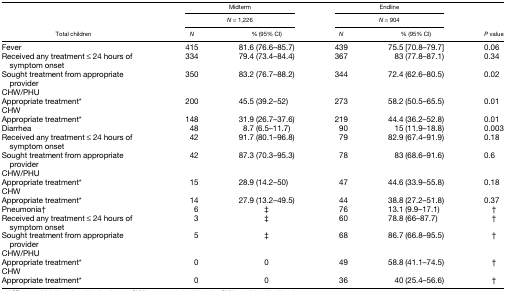
<table><thead><tr><td rowspan="3"><b>Total children</b></td><td colspan="2"><b>Midterm</b></td><td colspan="2"><b>Endline</b></td><td rowspan="3"><b><i>P</i> value</b></td></tr><tr><td colspan="2"><b><i>N</i> = 1,226</b></td><td colspan="2"><b><i>N</i> = 904</b></td></tr><tr><td><b><i>N</i></b></td><td><b>% (95% CI)</b></td><td><b><i>N</i></b></td><td><b>% (95% CI)</b></td></tr></thead><tbody><tr><td>Fever</td><td>415</td><td>81.6 (76.6–85.7)</td><td>439</td><td>75.5 [70.8–79.7]</td><td>0.06</td></tr><tr><td>Received any treatment ≤ 24 hours of symptom onset</td><td>334</td><td>79.4 (73.4–84.4)</td><td>367</td><td>83 (77.8–87.1)</td><td>0.34</td></tr><tr><td>Sought treatment from appropriate provider</td><td>350</td><td>83.2 (76.7–88.2)</td><td>344</td><td>72.4 (62.6–80.5)</td><td>0.02</td></tr><tr><td colspan="6">CHW/PHU</td></tr><tr><td>Appropriate treatment*</td><td>200</td><td>45.5 (39.2–52)</td><td>273</td><td>58.2 (50.5–65.5)</td><td>0.01</td></tr><tr><td colspan="6">CHW</td></tr><tr><td>Appropriate treatment*</td><td>148</td><td>31.9 (26.7–37.6)</td><td>219</td><td>44.4 (36.2–52.8)</td><td>0.01</td></tr><tr><td>Diarrhea</td><td>48</td><td>8.7 (6.5–11.7)</td><td>90</td><td>15 (11.9–18.8)</td><td>0.003</td></tr><tr><td>Received any treatment ≤ 24 hours of symptom onset</td><td>42</td><td>91.7 (80.1–96.8)</td><td>79</td><td>82.9 (67.4–91.9)</td><td>0.18</td></tr><tr><td>Sought treatment from appropriate provider</td><td>42</td><td>87.3 (70.3–95.3)</td><td>78</td><td>83 (68.6–91.6)</td><td>0.6</td></tr><tr><td colspan="6">CHW/PHU</td></tr><tr><td>Appropriate treatment*</td><td>15</td><td>28.9 (14.2–50)</td><td>47</td><td>44.6 (33.9–55.8)</td><td>0.18</td></tr><tr><td>CHW</td><td></td><td></td><td></td><td></td><td></td></tr><tr><td>Appropriate treatment*</td><td>14</td><td>27.9 (13.2–49.5)</td><td>44</td><td>38.8 (27.2–51.8)</td><td>0.37</td></tr><tr><td>Pneumonia†</td><td>6</td><td>‡</td><td>76</td><td>13.1 (9.9–17.1)</td><td>†</td></tr><tr><td>Received any treatment ≤ 24 hours of symptom onset</td><td>3</td><td>‡</td><td>60</td><td>78.8 (66–87.7)</td><td>†</td></tr><tr><td>Sought treatment from appropriate provider</td><td>5</td><td>‡</td><td>68</td><td>86.7 (66.8–95.5)</td><td>†</td></tr><tr><td colspan="6">CHW/PHU</td></tr><tr><td>Appropriate treatment*</td><td>0</td><td>0</td><td>49</td><td>58.8 (41.1–74.5)</td><td>†</td></tr><tr><td colspan="6">CHW</td></tr><tr><td>Appropriate treatment*</td><td>0</td><td>0</td><td>36</td><td>40 (25.4–56.6)</td><td>†</td></tr></tbody></table>